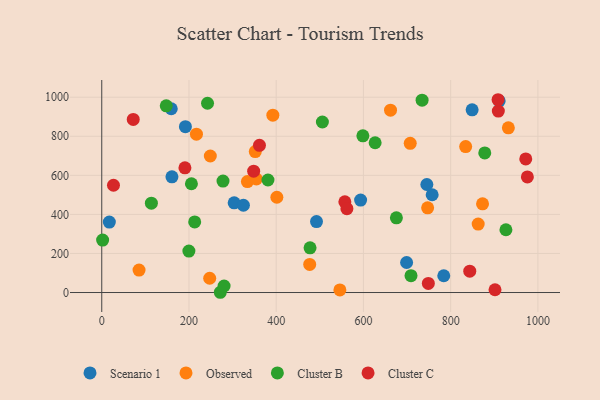
{"axis": {"x": "Study Hours", "y": "Fuel Efficiency"}, "legend": ["Cluster B", "Cluster C", "Observed", "Scenario 1"], "data": [{"x": "492.4", "y": 363.2, "type": "Scenario 1"}, {"x": "784.2", "y": 85.8, "type": "Scenario 1"}, {"x": "159.4", "y": 940.9, "type": "Scenario 1"}, {"x": "699.0", "y": 153.6, "type": "Scenario 1"}, {"x": "849.2", "y": 935.3, "type": "Scenario 1"}, {"x": "303.6", "y": 459.1, "type": "Scenario 1"}, {"x": "593.5", "y": 473.5, "type": "Scenario 1"}, {"x": "757.6", "y": 500.5, "type": "Scenario 1"}, {"x": "160.9", "y": 592.1, "type": "Scenario 1"}, {"x": "324.8", "y": 446.9, "type": "Scenario 1"}, {"x": "745.4", "y": 553.0, "type": "Scenario 1"}, {"x": "911.2", "y": 981.1, "type": "Scenario 1"}, {"x": "17.4", "y": 360.7, "type": "Scenario 1"}, {"x": "191.8", "y": 848.8, "type": "Scenario 1"}, {"x": "546.0", "y": 13.1, "type": "Observed"}, {"x": "707.3", "y": 763.7, "type": "Observed"}, {"x": "85.5", "y": 115.0, "type": "Observed"}, {"x": "873.1", "y": 454.2, "type": "Observed"}, {"x": "662.1", "y": 933.3, "type": "Observed"}, {"x": "248.9", "y": 699.0, "type": "Observed"}, {"x": "863.1", "y": 350.5, "type": "Observed"}, {"x": "217.1", "y": 810.4, "type": "Observed"}, {"x": "247.5", "y": 73.0, "type": "Observed"}, {"x": "392.3", "y": 908.1, "type": "Observed"}, {"x": "334.0", "y": 567.9, "type": "Observed"}, {"x": "401.5", "y": 487.7, "type": "Observed"}, {"x": "352.0", "y": 721.5, "type": "Observed"}, {"x": "834.4", "y": 747.1, "type": "Observed"}, {"x": "932.3", "y": 843.0, "type": "Observed"}, {"x": "747.2", "y": 433.4, "type": "Observed"}, {"x": "354.5", "y": 581.3, "type": "Observed"}, {"x": "476.8", "y": 143.7, "type": "Observed"}, {"x": "242.5", "y": 968.9, "type": "Cluster B"}, {"x": "271.8", "y": 1.3, "type": "Cluster B"}, {"x": "278.0", "y": 570.5, "type": "Cluster B"}, {"x": "2.0", "y": 268.4, "type": "Cluster B"}, {"x": "199.8", "y": 212.2, "type": "Cluster B"}, {"x": "926.7", "y": 321.3, "type": "Cluster B"}, {"x": "213.1", "y": 361.6, "type": "Cluster B"}, {"x": "477.6", "y": 229.0, "type": "Cluster B"}, {"x": "709.1", "y": 86.5, "type": "Cluster B"}, {"x": "675.6", "y": 382.2, "type": "Cluster B"}, {"x": "734.5", "y": 984.8, "type": "Cluster B"}, {"x": "626.8", "y": 766.7, "type": "Cluster B"}, {"x": "147.9", "y": 955.7, "type": "Cluster B"}, {"x": "280.5", "y": 33.4, "type": "Cluster B"}, {"x": "381.1", "y": 576.0, "type": "Cluster B"}, {"x": "598.7", "y": 802.3, "type": "Cluster B"}, {"x": "505.9", "y": 872.9, "type": "Cluster B"}, {"x": "113.8", "y": 457.2, "type": "Cluster B"}, {"x": "878.2", "y": 714.7, "type": "Cluster B"}, {"x": "205.6", "y": 556.9, "type": "Cluster B"}, {"x": "361.6", "y": 753.4, "type": "Cluster C"}, {"x": "843.8", "y": 109.4, "type": "Cluster C"}, {"x": "72.2", "y": 886.0, "type": "Cluster C"}, {"x": "557.4", "y": 464.2, "type": "Cluster C"}, {"x": "562.1", "y": 429.2, "type": "Cluster C"}, {"x": "901.7", "y": 14.2, "type": "Cluster C"}, {"x": "975.9", "y": 591.6, "type": "Cluster C"}, {"x": "26.9", "y": 549.1, "type": "Cluster C"}, {"x": "972.2", "y": 683.8, "type": "Cluster C"}, {"x": "909.3", "y": 928.9, "type": "Cluster C"}, {"x": "908.7", "y": 987.0, "type": "Cluster C"}, {"x": "748.8", "y": 46.7, "type": "Cluster C"}, {"x": "348.3", "y": 621.4, "type": "Cluster C"}, {"x": "190.7", "y": 638.3, "type": "Cluster C"}]}